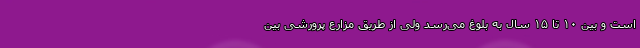
است و بین ۱۰ تا ۱۵ سال به بلوغ می‌رسد ولی از طریق مزارع پرورشی بین